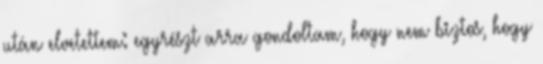
után elvetettem: egyrészt arra gondoltam, hogy nem biztos, hogy